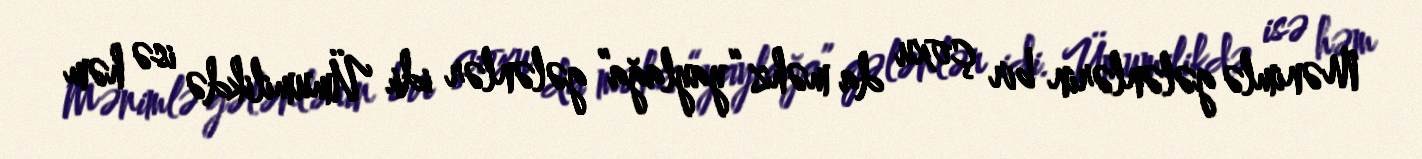
Mənimlə gələnlərin bir çoxu da məhz “yaylağa” gələnlər idi. Ümumilikdə isə həm